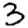
Digit: 3